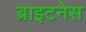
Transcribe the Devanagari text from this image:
ब्राइटनेस